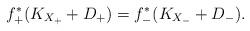
LaTeX: \begin{align*}f_+^*(K_{X_+}+D_+)=f_-^*(K_{X_-}+D_-).\end{align*}